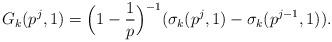
LaTeX: \begin{align*} G_{k}(p^{j},1) = \Big(1-\frac{1}{p} \Big)^{-1}( \sigma_{k}(p^{j},1) - \sigma_{k}(p^{j-1},1)). \end{align*}